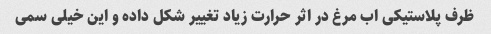
ظرف پلاستیکی اب مرغ در اثر حرارت زیاد تغییر شکل داده و این خیلی سمی